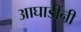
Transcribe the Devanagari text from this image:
आघाडींनी